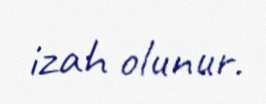
izah olunur.